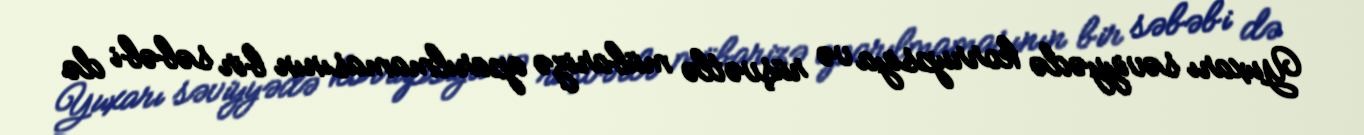
Yuxarı səviyyədə korrupsiya və rüşvətlə mübarizə aparılmamasının bir səbəbi də